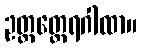
ဥတ္တတ္ထေရဂါထာ။